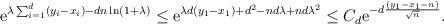
LaTeX: \begin{align*} \mathrm{e}^{\lambda\sum_{i=1}^d (y_i-x_i)-dn\ln(1+\lambda)} \le \mathrm{e}^{ \lambda d(y_1-x_1) + d^2 - nd\lambda+nd \lambda^2} \le C_d \mathrm{e}^{-d\frac{(y_1-x_1-n)}{\sqrt n}}.\end{align*}